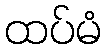
ထပ်မံ